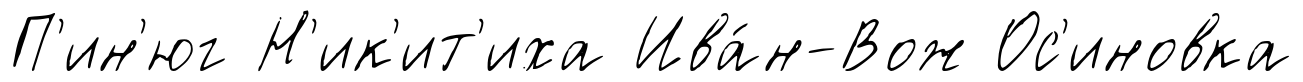
П'ин'юг Н'ик'ит'иха Ива́н-Вож Ос'иновка